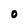
Character: O